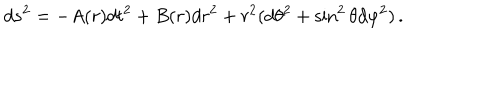
LaTeX: d s ^ { 2 } = - A ( r ) d t ^ { 2 } + B ( r ) d r ^ { 2 } + r ^ { 2 } ( d \theta ^ { 2 } + \sin ^ { 2 } \theta d \varphi ^ { 2 } ) \, .